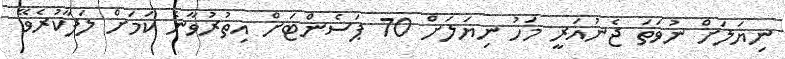
ނިޔަލަށް ނުވަތަ ޖެނުއަރީ މަހު ނިޔަލަށް 70 ޕަސެންޓަށް އިތުރުވާނެ ކަމަށް ލަފާކުރެވޭ